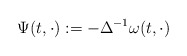
\begin{align*}\Psi(t,\cdot) := -\Delta^{-1} \omega(t,\cdot) \end{align*}